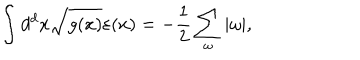
\int d ^ { d } x \sqrt { g ( x ) } \varepsilon ( x ) = - \frac { 1 } { 2 } \sum _ { \omega } | \omega | ,